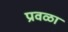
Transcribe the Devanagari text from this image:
प्रवळा